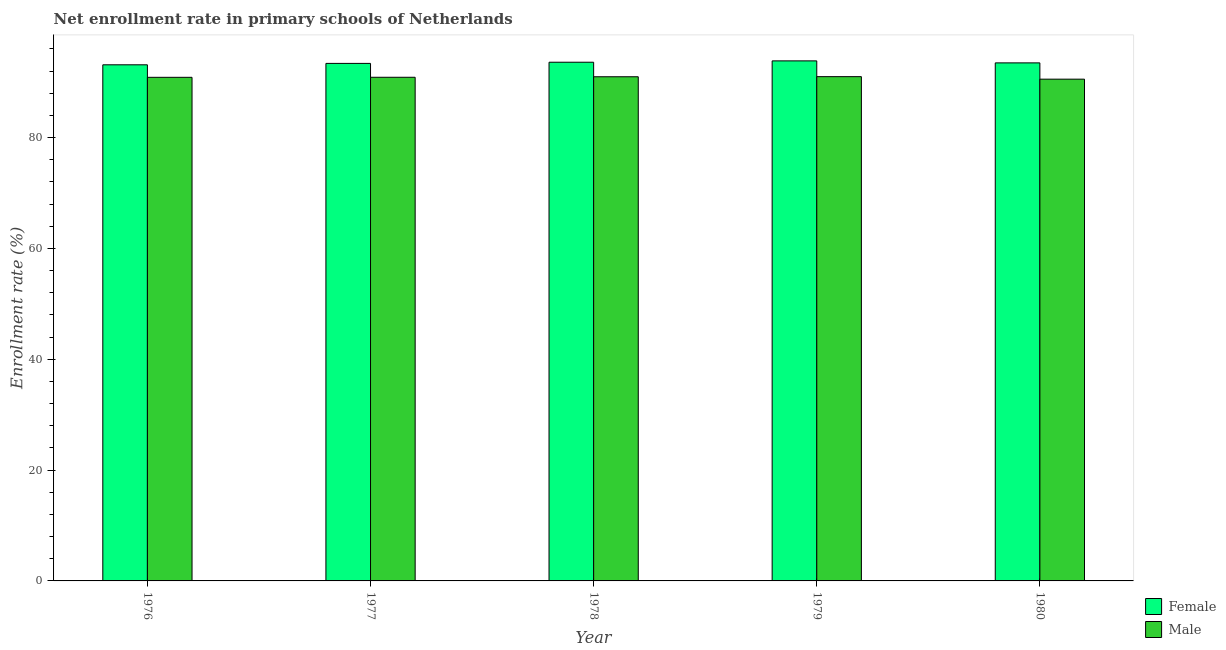
| Year | Female | Male |
 | --- | --- | --- |
 | 1976 | 93.1 | 90.9 |
 | 1977 | 93.4 | 90.9 |
 | 1978 | 93.6 | 91 |
 | 1979 | 93.8 | 91 |
 | 1980 | 93.5 | 90.5 |